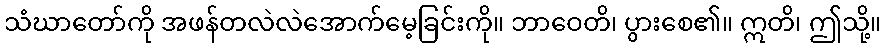
သံဃာတော်ကို အဖန်တလဲလဲအောက်မေ့ခြင်းကို။ ဘာဝေတိ၊ ပွားစေ၏။ ဣတိ၊ ဤသို့။